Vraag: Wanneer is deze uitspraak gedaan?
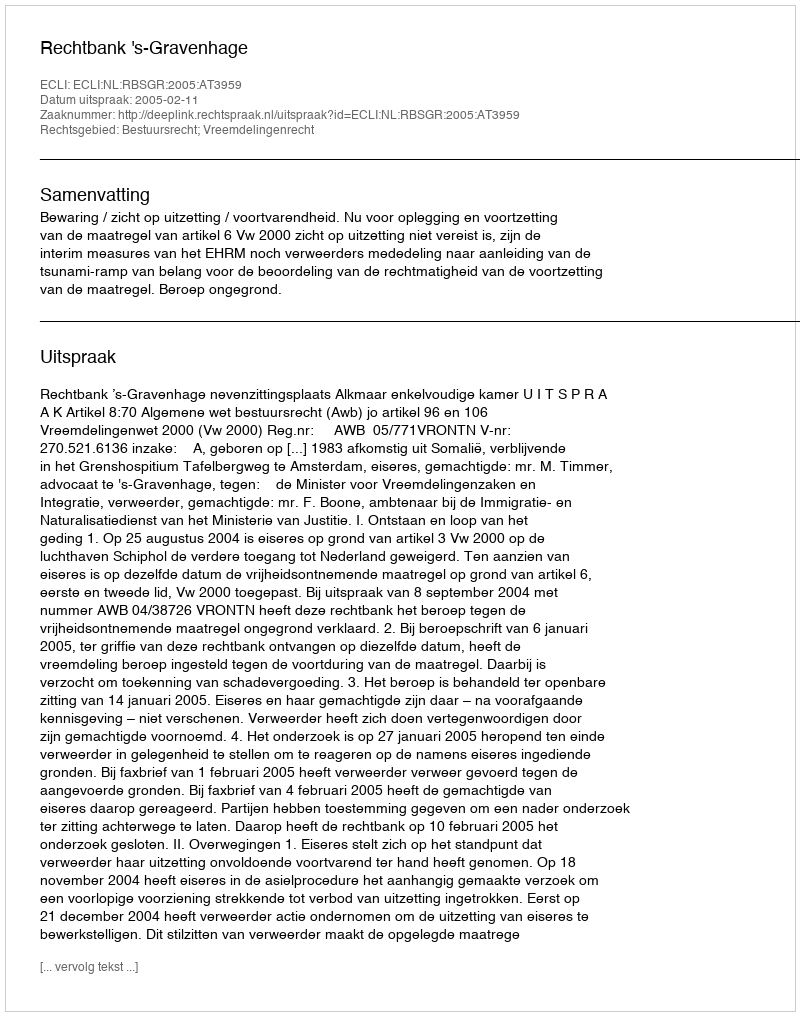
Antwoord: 2005-02-11